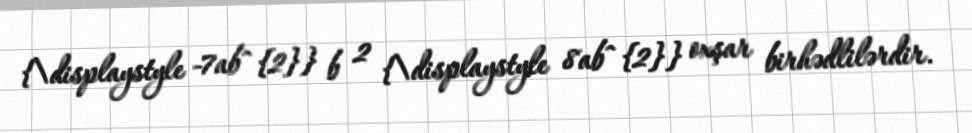
{\displaystyle -7ab^{2}} b 2 {\displaystyle 8ab^{2}} oxşar birhədlilərdir.